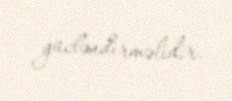
gücləndirməlidir.